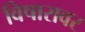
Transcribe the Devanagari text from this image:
विषारावर